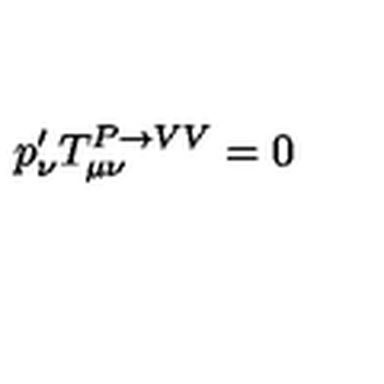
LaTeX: p _ { \nu } ^ { \prime } T _ { \mu \nu } ^ { P \rightarrow V V } = 0